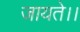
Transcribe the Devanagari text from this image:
जायते।।